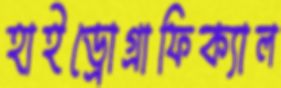
হাইড্রোগ্রাফিক্যাল